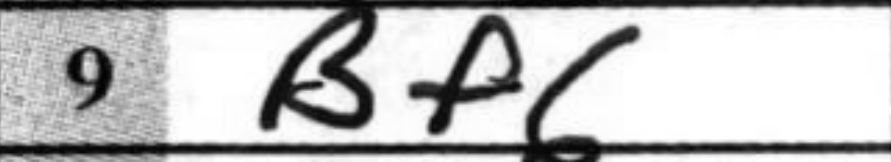
Transcription: Bf6